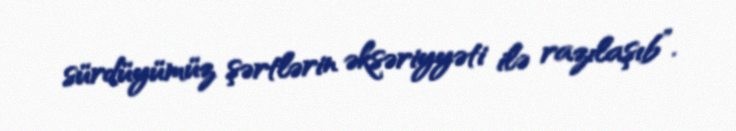
sürdüyümüz şərtlərin əksəriyyəti ilə razılaşıb”.